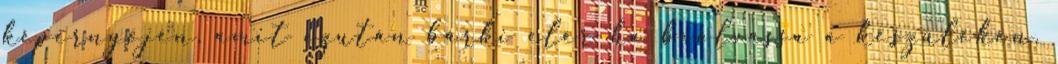
képernyőjén, amit ezután bárki elér ha beolvassa a készülékén.